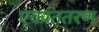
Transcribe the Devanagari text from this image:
एकांततरण